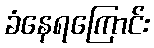
ခံနေရကြောင်း